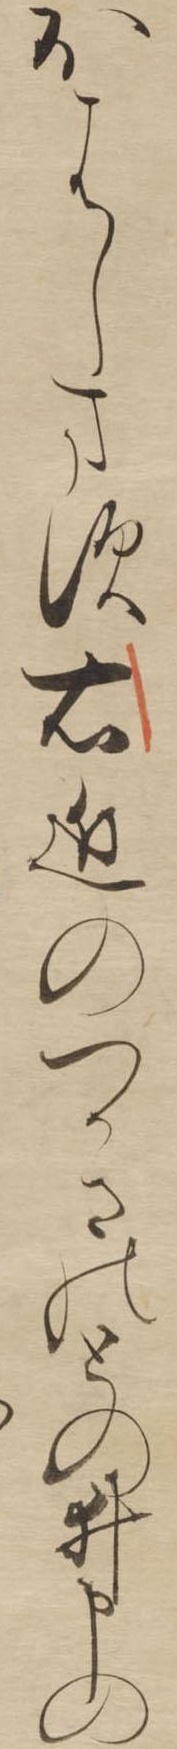
おはします右近のつかさのとのゐ申の